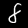
Label: 8